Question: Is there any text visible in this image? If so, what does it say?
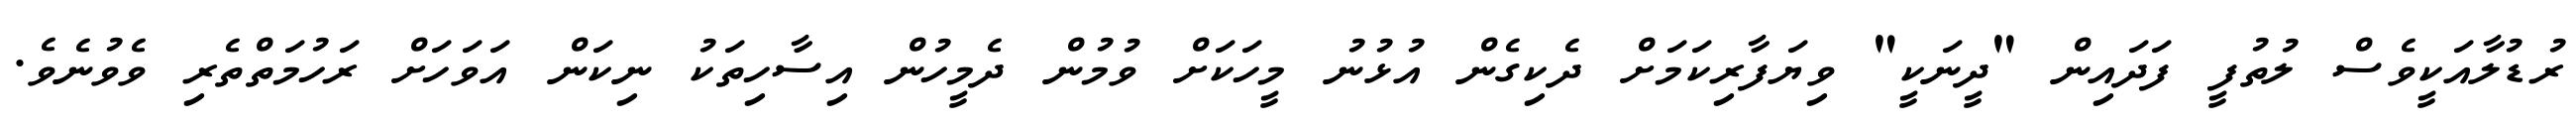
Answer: ރުޑުލާއަކީވެސް ލުތުފީ ފަދައިން "ދީނަކީ" ވިޔަފާރިކަމަށް ދެކިގެން އުޅުނު މީހަކަށް ވުމުން ދެމީހުން އިސާހިތަކު ނިކަން އަވަހަށް ރަހުމަތްތެރި ވެވުނެވެ.